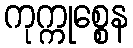
ကုက္ကုစ္စေန